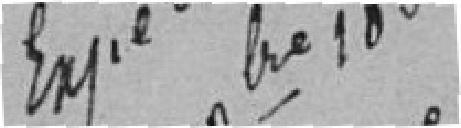
Expédié